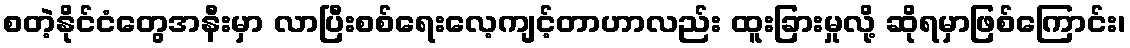
စတဲ့နိုင်ငံတွေအနီးမှာ လာပြီးစစ်ရေးလေ့ကျင့်တာဟာလည်း ထူးခြားမှုလို့ ဆိုရမှာဖြစ်ကြောင်း၊